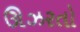
ઊઝરતો